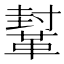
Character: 鞤